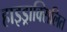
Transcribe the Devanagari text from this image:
हाइड्राक्सिलित